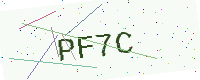
Text: PF7C